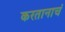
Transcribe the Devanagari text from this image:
करतानाचं